Mental hospitals Bombay report 1921-28 - 1921-1928
Year: 1921
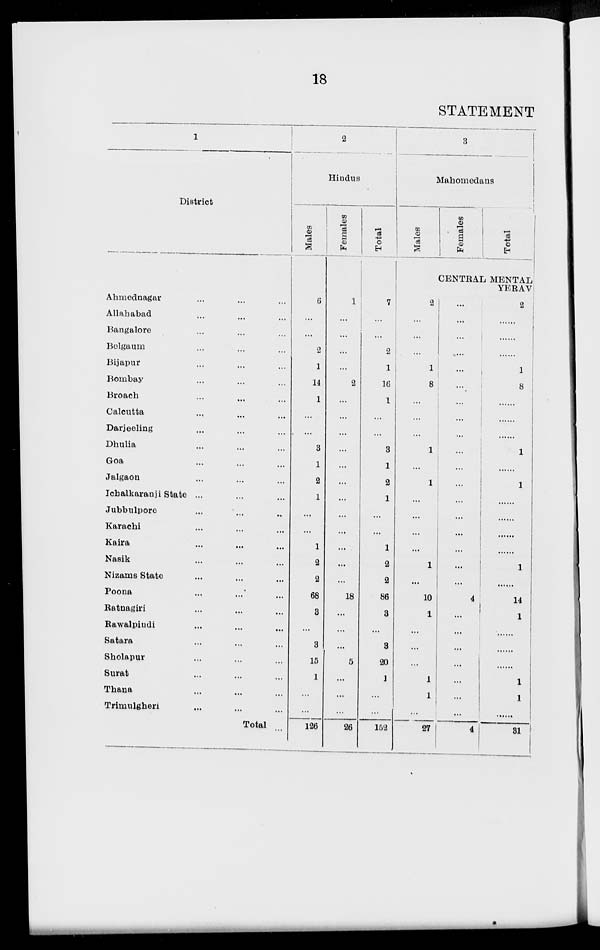
18
STATEMENT
1
District
Ahmednagar... ... ...
Allahabad... ... ...
Bangalore... ... ...
Belgaum... ... ...
Bijapur... ... ...
Bombay... ... ...
Broach... ... ...
Calcutta... ... ...
Darjeeling... ... ...
Dhulia... ... ...
Goa... ... ...
Jalgaon... ... ...
Ichalkaranji State... ... ...
Jubbulpore... ... ...
Karachi ... ... ...
Kaira... ... ...
Nasik... ... ...
Nizams State... ... ...
Poona... ... ...
Ratnagiri... ... ...
Rawalpindi... ... ...
Satara... ... ...
Sholapur... ... ...
Surat... ... ...
Thana... ... ...
Trimulgheri... ... ...
Total ...
2
Hindus
Males
6
...
...
2
1
14
1
...
...
3
1
2
1
...
...
1
2
2
68
3
...
3
15
1
...
...
126
Females
1
...
...
...
...
2
...
...
...
...
...
...
...
...
...
...
...
...
18
...
...
...
5
...
...
...
26
Total
7
...
...
2
1
16
1
...
...
3
1
2
1
...
...
1
2
2
86
3
...
3
20
1
...
...
152
3
Mahomedans
Males
2
...
...
...
1
8
...
...
...
1
...
1
...
...
...
...
1
...
10
1
...
...
...
1
1
...
27
Females
Total
CENTRAL MENTAL
YERAV
...
...
...
...
...
...
...
...
...
...
...
...
...
...
...
...
...
...
4
...
...
...
...
...
...
...
4
2
......
......
1
1
8
......
......
......
1
...
1
......
......
......
......
1
......
14
1
......
......
......
1
1
......
31